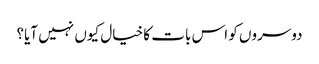
دوسروں کو اس بات کا خیال کیوں نہیں آیا؟